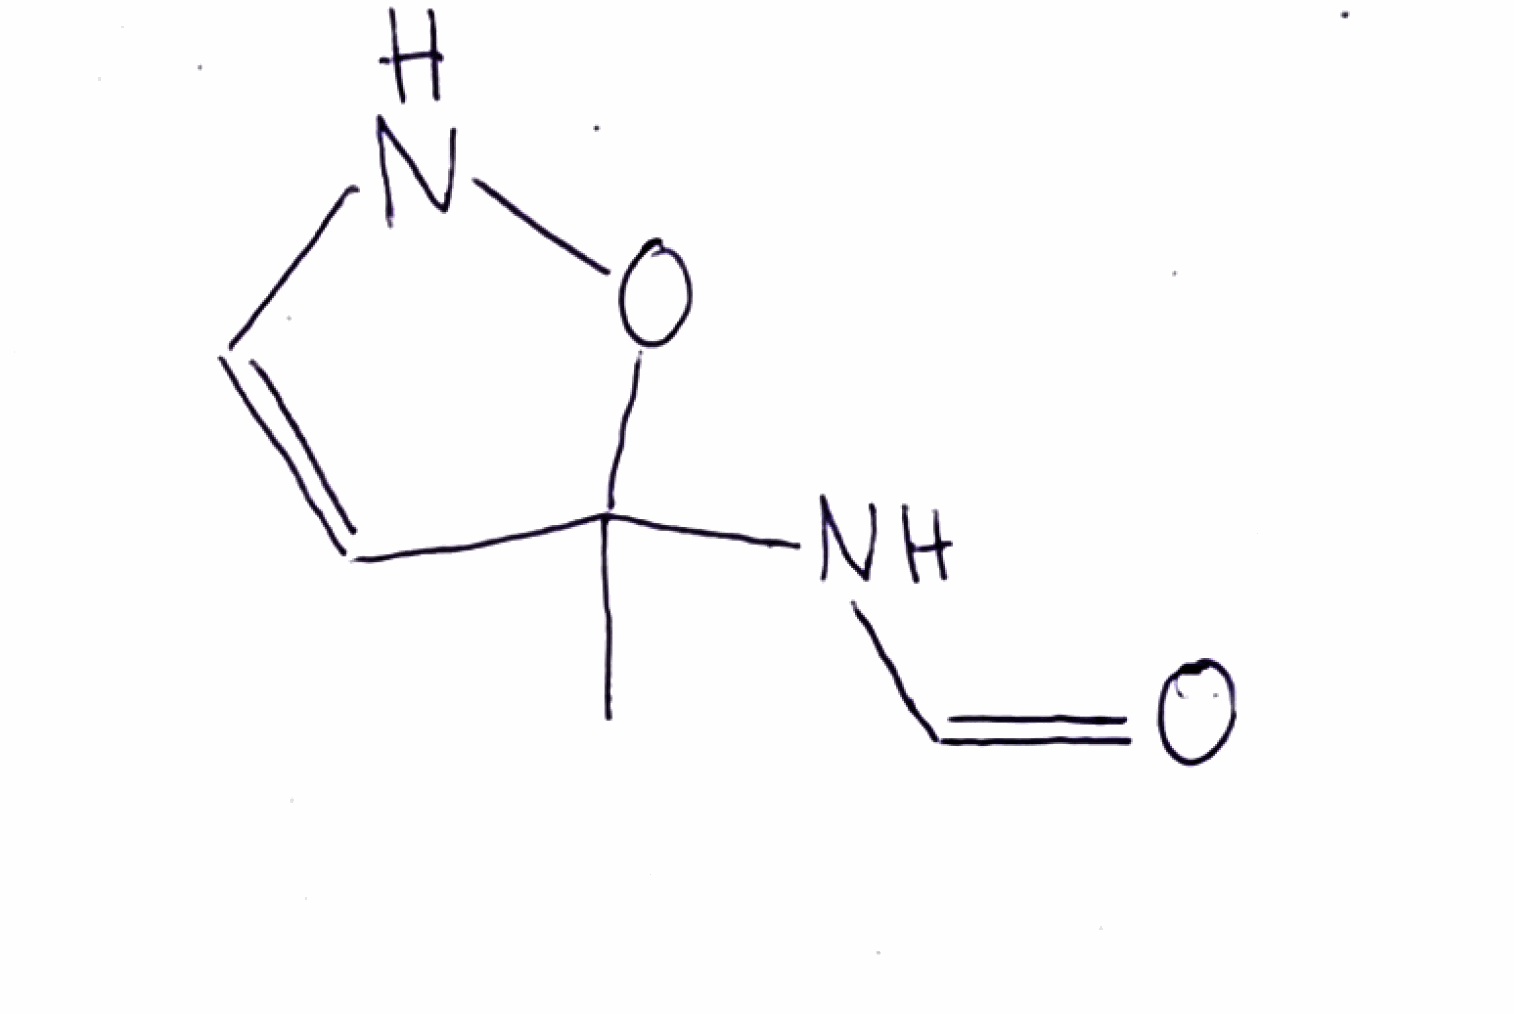
Simplified molecular-input line-entry system (SMILES) notation of the given molecule:
CC1(C=CNO1)NC=O